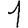
Digit: 1